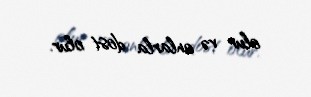
olur və onlarla dost olur.